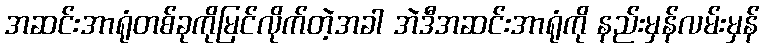
အဆင်းအာရုံတစ်ခုကိုမြင်လိုက်တဲ့အခါ အဲဒီအဆင်းအာရုံကို နည်းမှန်လမ်းမှန်